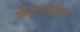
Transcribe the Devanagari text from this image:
केंद्राअंतर्गत